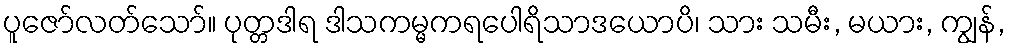
ပူဇော်လတ်သော်။ ပုတ္တဒါရ ဒါသကမ္မကရပေါရိသာဒယောပိ၊ သား သမီး, မယား, ကျွန်,